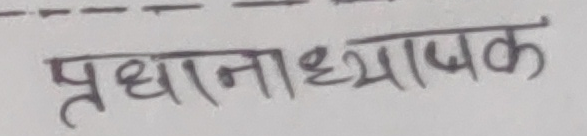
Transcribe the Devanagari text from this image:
प्रधानाध्यापक